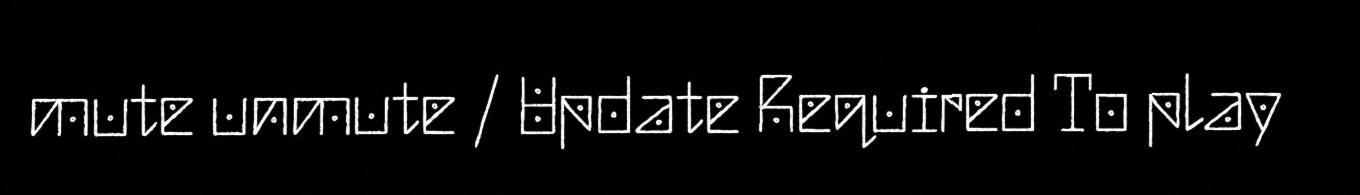
mute unmute / Update Required To play